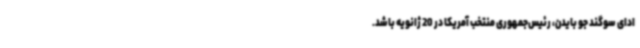
ادای سوگند جو بایدن، رئیس‌جمهوری منتخب آمریکا در 20 ژانویه باشد.